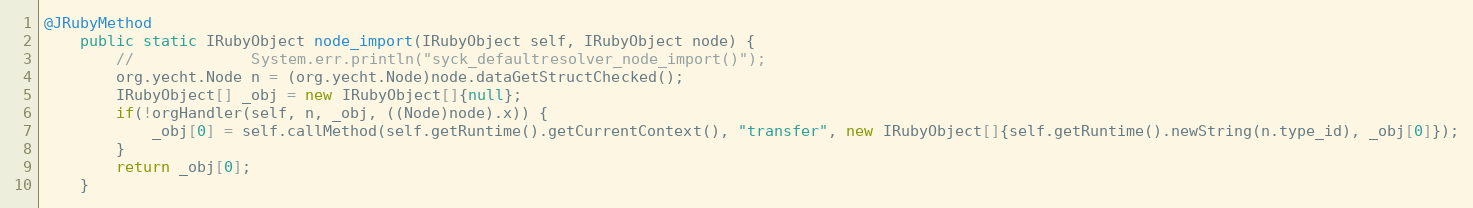
Language: Java
@JRubyMethod
    public static IRubyObject node_import(IRubyObject self, IRubyObject node) {
        //             System.err.println("syck_defaultresolver_node_import()");
        org.yecht.Node n = (org.yecht.Node)node.dataGetStructChecked();
        IRubyObject[] _obj = new IRubyObject[]{null};
        if(!orgHandler(self, n, _obj, ((Node)node).x)) {
            _obj[0] = self.callMethod(self.getRuntime().getCurrentContext(), "transfer", new IRubyObject[]{self.getRuntime().newString(n.type_id), _obj[0]});
        }
        return _obj[0];
    }